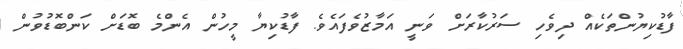
ފާޑުކިޔުންތަކެއް ދިވެހި ސަރުކާރަށް ވަނީ އަމާޒުވެފައެވެ. ފާޑުކިޔާ މީހުން އެންމެ ބޮޑަށް ކަންބޮޑުވުން